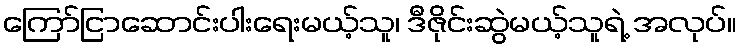
ကြော်ငြာဆောင်းပါးရေးမယ့်သူ၊ ဒီဇိုင်းဆွဲမယ့်သူရဲ့ အလုပ်။